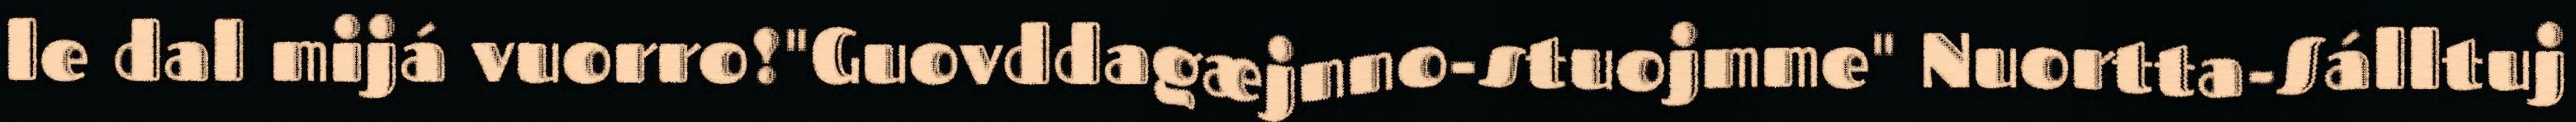
le dal mijá vuorro!"Guovddagæjnno-stuojmme" Nuortta-Sálltuj